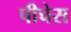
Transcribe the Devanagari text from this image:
पीचेस